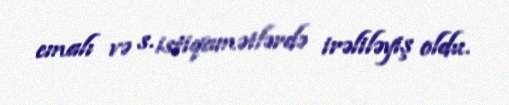
emalı və s. istiqamətlərdə irəliləyiş oldu.